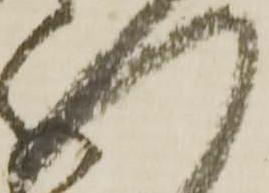
へ